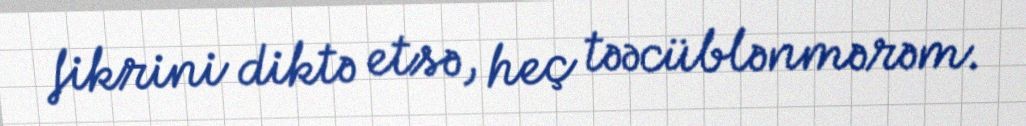
fikrini diktə etsə, heç təəcüblənmərəm.